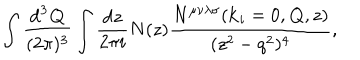
\int \frac { \mathrm { d } ^ { 3 } { \bf Q } } { ( 2 \pi ) ^ { 3 } } \int \frac { \mathrm { d } z } { 2 \pi i } N ( z ) \frac { N ^ { \mu \nu \lambda \sigma } ( { \bf k } _ { i } = 0 , { \bf Q } , z ) } { ( z ^ { 2 } - q ^ { 2 } ) ^ { 4 } } ,